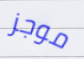
موجز